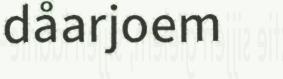
dåarjoem